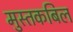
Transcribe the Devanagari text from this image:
मुस्तकबिल